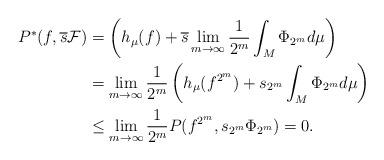
LaTeX: \begin{align*}P^*(f, \overline{s} \mathcal{F})&= \left(h_\mu(f) + \overline{s} \lim_{m \rightarrow \infty} \frac{1}{2^m} \int_M \Phi_{2^m} d\mu \right)\\&= \lim_{m \rightarrow \infty} \frac{1}{2^m} \left(h_\mu(f^{2^m}) + s_{2^m} \int_M \Phi_{2^m} d\mu \right)\\&\leq \lim_{m \rightarrow \infty} \frac{1}{2^m} P(f^{2^m}, s_{2^m} \Phi_{2^m}) = 0.\end{align*}